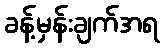
ခန့်မှန်းချက်အရ